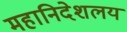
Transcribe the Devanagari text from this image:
महानिदेशलय